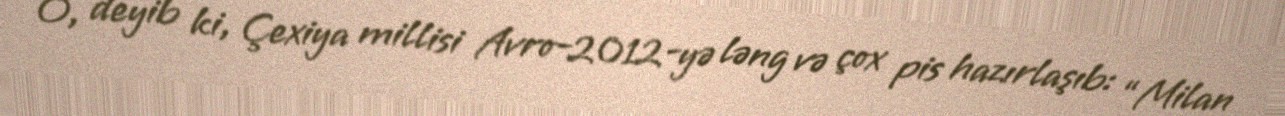
O, deyib ki, Çexiya millisi Avro-2012-yə ləng və çox pis hazırlaşıb: “Milan